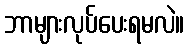
ဘာများလုပ်ပေးရမလဲ။